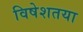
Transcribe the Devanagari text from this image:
विषेशतया